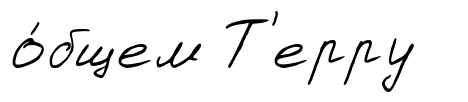
о́бщем Т'ерру